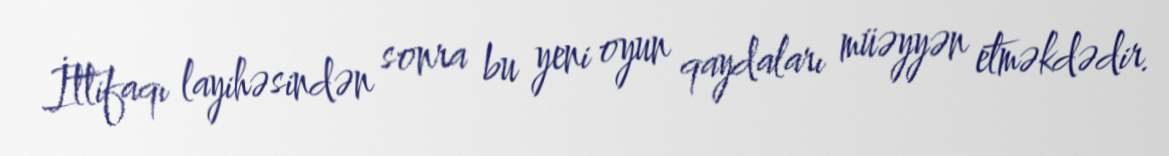
İttifaqı layihəsindən sonra bu yeni oyun qaydaları müəyyən etməkdədir.